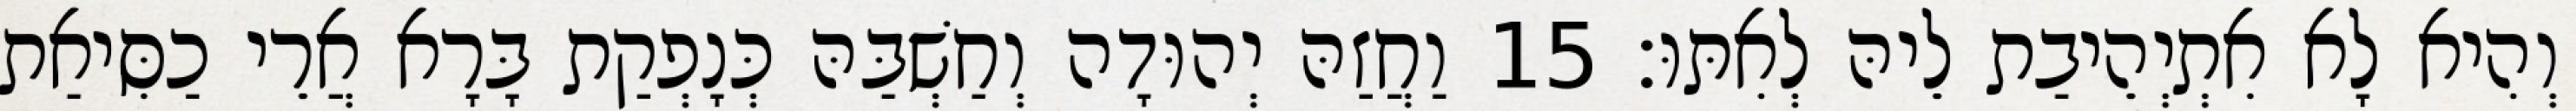
וְהִיא לָא אִתְיְהֵיבַת לֵיהּ לְאִתּוּ׃ 15 וַחֲזַהּ יְהוּדָה וְחַשְׁבַּהּ כְּנָפְקַת בָּרָא אֲרֵי כַסִּיאַת